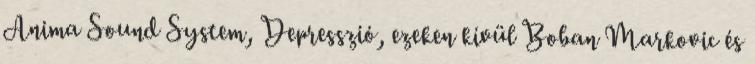
Anima Sound System, Depresszió, ezeken kívül Boban Markovic és